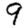
Digit: 9